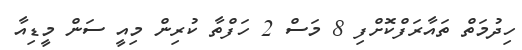
ހިދުމަތް ތައާރަފްކޮށްފި 8 މަސް 2 ހަފްތާ ކުރިން މިއީ ސަން މީޑިއާ